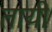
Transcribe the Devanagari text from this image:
तायी